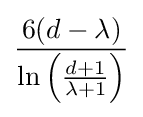
{\frac {6(d-\lambda )}{\ln \left({\frac {d+1}{\lambda +1}}\right)}}